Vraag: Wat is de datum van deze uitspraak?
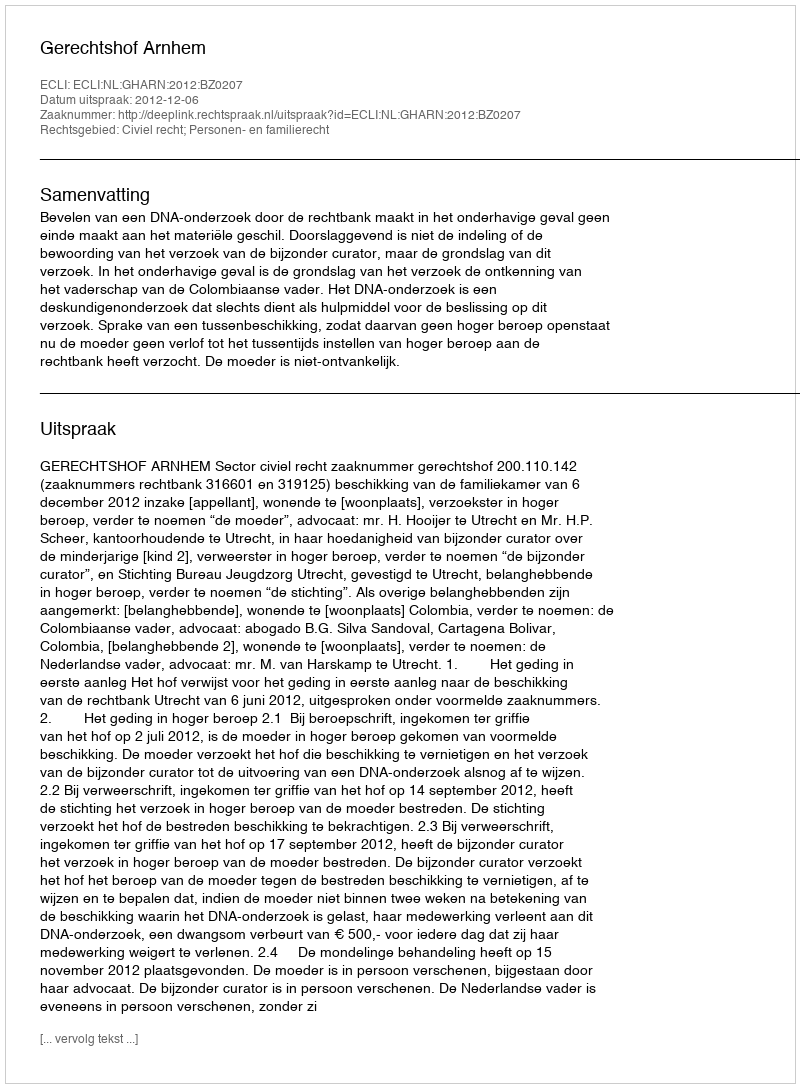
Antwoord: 2012-12-06